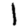
Digit: 1